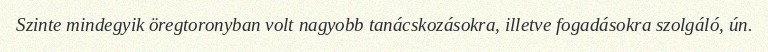
Szinte mindegyik öregtoronyban volt nagyobb tanácskozásokra, illetve fogadásokra szolgáló, ún.